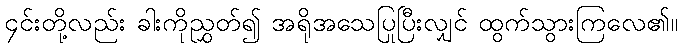
၄င်းတို့လည်း ခါးကိုညွှတ်၍ အရိုအသေပြုပြီးလျှင် ထွက်သွားကြလေ၏။